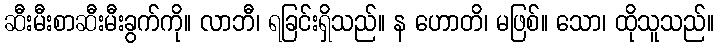
ဆီးမီးစာဆီးမီးခွက်ကို။ လာဘီ၊ ရခြင်းရှိသည်။ န ဟောတိ၊ မဖြစ်။ သော၊ ထိုသူသည်။